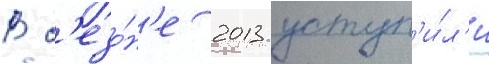
В с'езо́н'е 2013 уступ'и́л'и